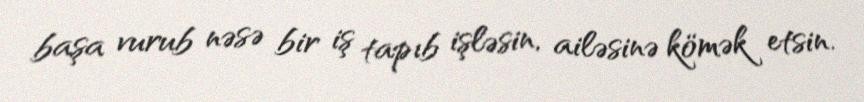
başa vurub nəsə bir iş tapıb işləsin, ailəsinə kömək etsin.